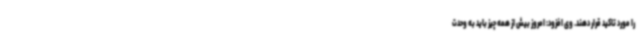
را مورد تاکید قرار دهند. وی افزود: امروز بیش از همه چیز باید به وحدت